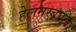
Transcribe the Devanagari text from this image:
हेलनस्बर्घ